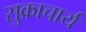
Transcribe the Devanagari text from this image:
सुक्राचार्य